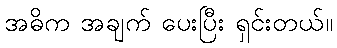
အဓိက အချက် ပေးပြီး ရှင်းတယ်။